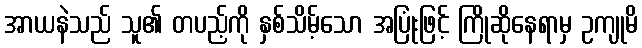
အာယနဲသည် သူ၏ တပည့်ကို နှစ်သိမ့်သော အပြုံးဖြင့် ကြိုဆိုနေရာမှ ဥကျုမိ